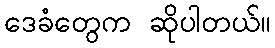
ဒေခံတွေက ဆိုပါတယ်။